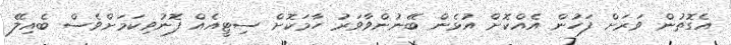
އެގޮތުން ވަރަށް ފަހުން އެއްކޮށް އުޅެން ބޭނުންވާވަރު ހާމަކޮށް ސިޓީއެއް ފޮނުވިކަމަށްވެސް ބެއިލޭ